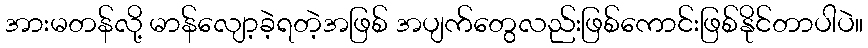
အားမတန်လို့ မာန်လျော့ခဲ့ရတဲ့အဖြစ် အပျက်တွေလည်းဖြစ်ကောင်းဖြစ်နိုင်တာပါပဲ။